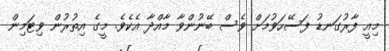
މިއީ ފާރުގަނޑު ފަސޭހަވުމަށް ވެސް ބޭނުންވާ މާއްދާ އެކެވެ. މީގެ އިތުރުން ވިޓަމިން